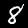
Digit: 8